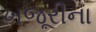
ખજૂરીના